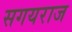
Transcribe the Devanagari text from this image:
सगयराज